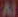
Al